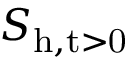
S _ { \mathrm { h , t > 0 } }